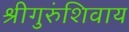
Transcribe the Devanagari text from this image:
श्रीगुरुंशिवाय